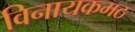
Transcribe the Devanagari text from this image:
विनायकमठ